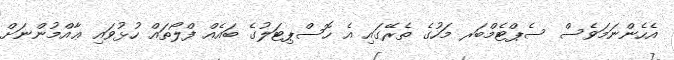
އެހެންނަމަވެސް ސެޕްޓެމްބަރ މަހުގެ ތެރޭގައި އެ ހޮސްޕިޓަލުގެ ބައެއް ފްލޯތައް ހުޅުވައި ޢާއްމުންނަށް